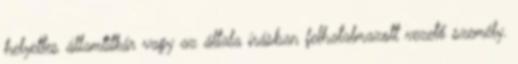
helyettes államtitkár vagy az általa írásban felhatalmazott vezető személy.